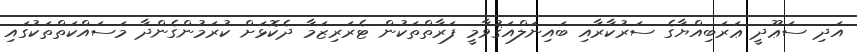
އަދި ސަޢޫދީ ޢަރަބިއްޔާގެ ސަރުކާރާއި ބައިނަލްއަޤުވާމީ ފަރާތްތަކުން ޓެރަރިޒަމާ ދެކޮޅަށް ކުރަމުންގެންދާ މަސައްކަތްތަކުގައި